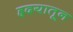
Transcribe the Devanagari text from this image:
हृदयातून